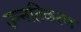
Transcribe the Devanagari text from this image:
उन्नतिकरण